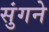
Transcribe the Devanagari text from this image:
सुंगने